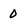
Character: 0